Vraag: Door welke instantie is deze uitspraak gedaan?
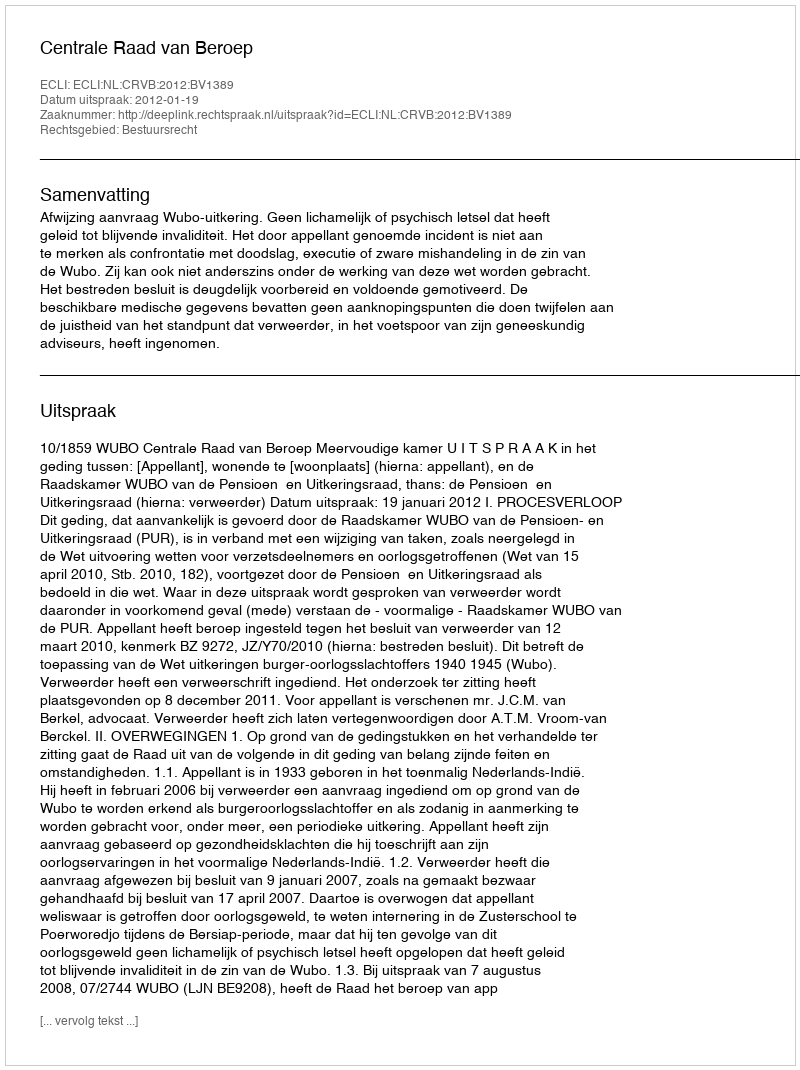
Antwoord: Centrale Raad van Beroep